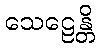
သေဠေန္တိ